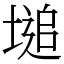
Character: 塠